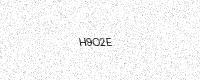
Text: H9O2E